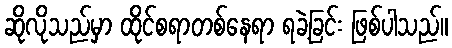
ဆိုလိုသည်မှာ ထိုင်စရာတစ်နေရာ ရခဲ့ခြင်း ဖြစ်ပါသည်။